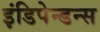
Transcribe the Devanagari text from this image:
इंडिपेन्डन्स